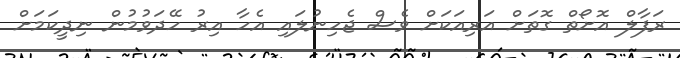
ރަފާލް އޮށޯތް ގޮތަށް އަރިއަކަށް ވެސް ޖެހިނުލައި އެހާ އިރު ހޭދަވުމުން ނިދީކަމަށް